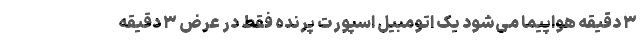
۳ دقیقه هواپیما می‌شود یک اتومبیل اسپورت پرنده فقط در عرض ۳ دقیقه